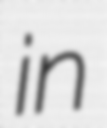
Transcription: in